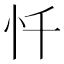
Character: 忏